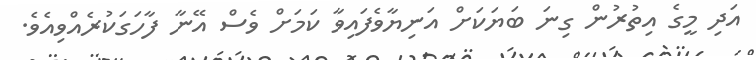
އަދި މީގެ އިތުރުން ގިނަ ބަޔަކަށް އަނިޔާވެފައިވާ ކަމަށް ވެސް އޭނާ ފާހަގަކުރެއްވިއެވެ.